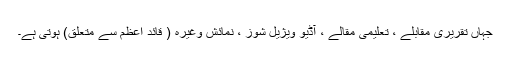
جہاں تقریری مقابلے ، تعلیمی مقالے ، آڈیو ویژیل شوز ، نمائش وغیرہ ( قائد اعظم سے متعلق) ہوتی ہے۔